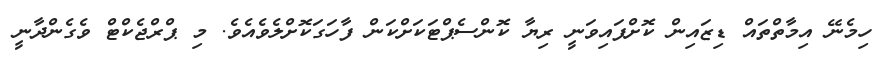
ހިމެނޭ އިމާތްތައް ޑިޒައިން ކޮށްފައިވަނީ ރިޔާ ކޮންސެޕްޓަކަށްކަން ފާހަގަކޮށްލެވެއެވެ. މި ޕްރްޖެކްޓް ވެގެންދާނީ